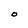
Character: O